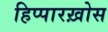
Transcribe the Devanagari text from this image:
हिप्पारख़ोस